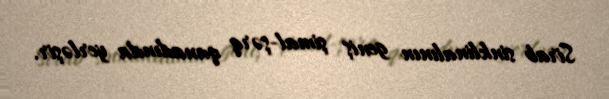
Sirab sinklinalının geniş şimal-şərq qanadında yerləşir.